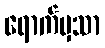
ရောက်မှသာ